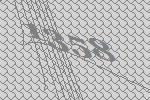
1358